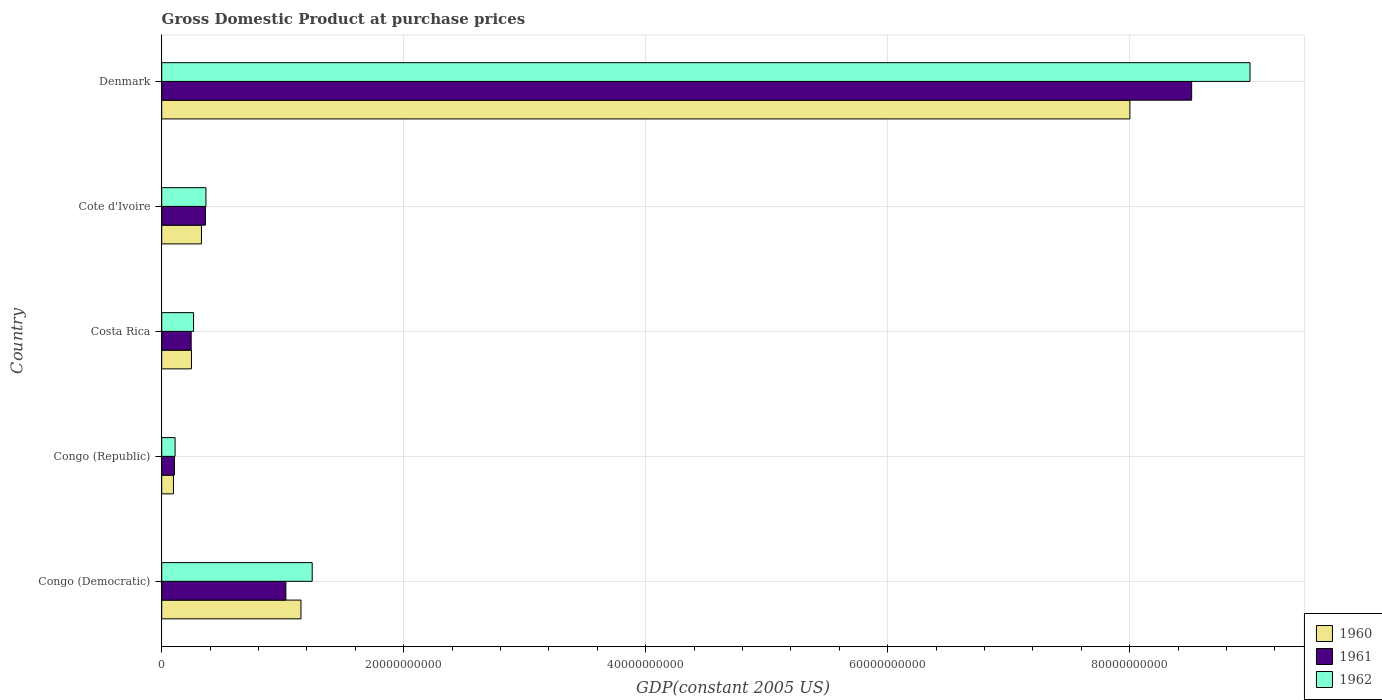
| Country | 1960 | 1961 | 1962 |
 | --- | --- | --- | --- |
 | Congo (Democratic) | 1.15e+10 | 1.03e+10 | 1.24e+10 |
 | Congo (Republic) | 9.7e+08 | 1.05e+09 | 1.11e+09 |
 | Costa Rica | 2.46e+09 | 2.43e+09 | 2.63e+09 |
 | Cote d'Ivoire | 3.29e+09 | 3.61e+09 | 3.66e+09 |
 | Denmark | 8e+10 | 8.51e+10 | 8.99e+10 |